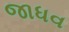
જાધવ